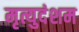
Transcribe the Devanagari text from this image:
मृत्युदंशम